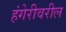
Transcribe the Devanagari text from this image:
हंगेरीवरील